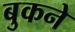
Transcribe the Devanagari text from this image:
बुकने